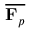
\overline { { \mathbf { F } _ { p } } }